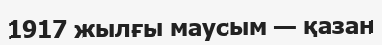
1917 жылғы маусым — қазан